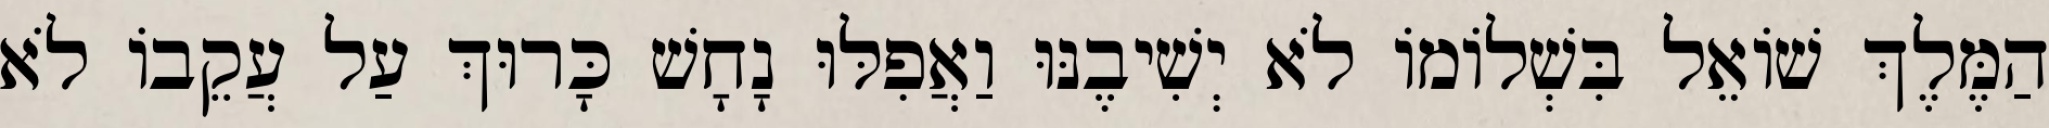
הַמֶּלֶךְ שׁוֹאֵל בִּשְׁלוֹמוֹ לֹא יְשִׁיבֶנּוּ וַאֲפִלּוּ נָחָשׁ כָּרוּךְ עַל עֲקֵבוֹ לֹא